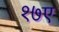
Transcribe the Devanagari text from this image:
१७ए